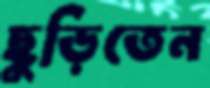
ছুড়িতেন